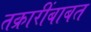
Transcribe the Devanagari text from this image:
तक्रारींबाबत